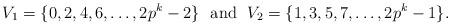
LaTeX: \begin{align*}V_{1}=\{ 0,2,4,6, \ldots ,2p^k-2\} \ \ \mbox{and } \ V_{2}=\{ 1,3,5,7, \ldots ,2p^k-1\}.\end{align*}